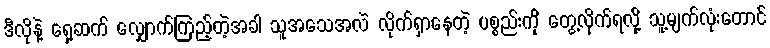
ဒီလိုနဲ့ ရှေ့ဆက် လျှောက်ကြည့်တဲ့အခါ သူအသေအလဲ လိုက်ရှာနေတဲ့ ပစ္စည်းကို တွေ့လိုက်ရလို့ သူ့မျက်လုံးတောင်